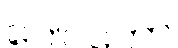
ဂေါပကော